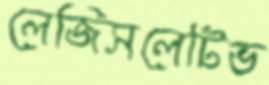
লেজিসলেটিভ